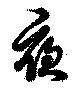
夜